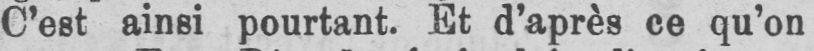
C’est ainsi pourtant. Et d’après ce qu’on